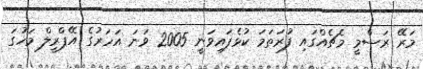
މަރޭ ރަސްމީ މެޗެއްގައި ފުރަތަމަ ކުޅެފައިވަނީ 2005 ވަނަ އަހަރުގެ އޭޕްރީލް މަހުގަ